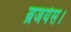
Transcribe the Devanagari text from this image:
ब्रजयेस।